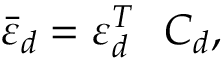
{ \bar { \varepsilon } _ { d } } = \varepsilon _ { d } ^ { T } \ \ C _ { d } ,